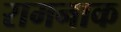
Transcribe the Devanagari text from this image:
रामनाक